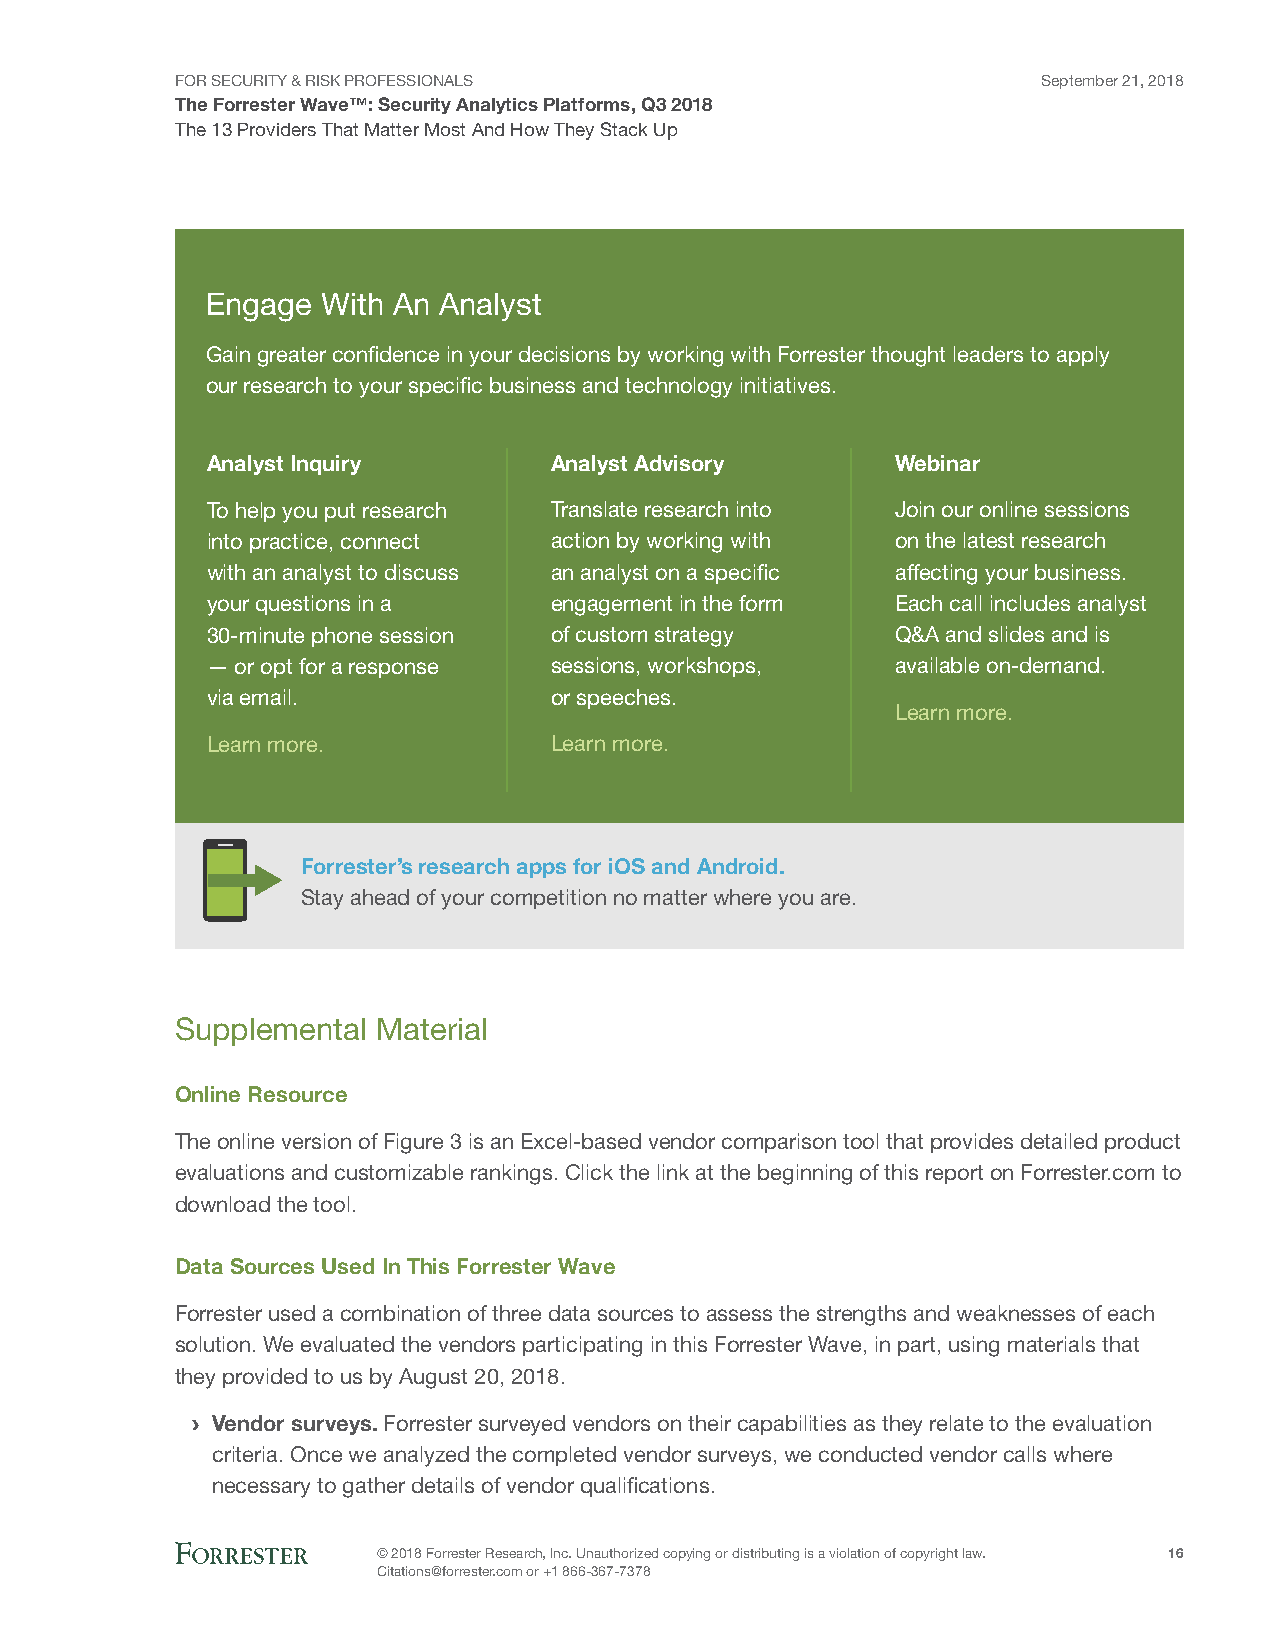
FOR SECURITY & RISK PROFESSIONALS                        September 21, 2018
 The Forrester Wave™: Security Analytics Platforms, Q3 2018
 The 13 Providers That Matter Most And How They Stack Up
 Engage With An Analyst
 Gain greater confidence in your decisions by working with Forrester thought leaders to apply
 our research to your specific business and technology initiatives.
 Analyst Inquiry       Analyst Advisory       Webinar
 To help you put research Translate research into Join our online sessions
 into practice, connect action by working with on the latest research
 with an analyst to discuss an analyst on a specific affecting your business.
 your questions in a   engagement in the form Each call includes analyst
 30-minute phone session of custom strategy   Q&A and slides and is
 — or opt for a response sessions, workshops, available on-demand.
 via email.            or speeches.
 Learn more.
 Learn more.           Learn more.
 Forrester’s research apps for iOS and Android.
 Stay ahead of your competition no matter where you are.
 Supplemental Material
 Online Resource
 The online version of Figure 3 is an Excel-based vendor comparison tool that provides detailed product
 evaluations and customizable rankings. Click the link at the beginning of this report on Forrester.com to
 download the tool.
 Data Sources Used In This Forrester Wave
 Forrester used a combination of three data sources to assess the strengths and weaknesses of each
 solution. We evaluated the vendors participating in this Forrester Wave, in part, using materials that
 they provided to us by August 20, 2018.
 › Vendor surveys. Forrester surveyed vendors on their capabilities as they relate to the evaluation
 criteria. Once we analyzed the completed vendor surveys, we conducted vendor calls where
 necessary to gather details of vendor qualifications.
 © 2018 Forrester Research, Inc. Unauthorized copying or distributing is a violation of copyright law. 16
 Citations@forrester.com or +1 866-367-7378